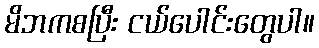
မိဘကစပြီး ငယ်ပေါင်းတွေပါ။